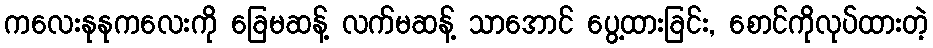
ကလေးနုနုကလေးကို ခြေမဆန့် လက်မဆန့် သာအောင် ပွေ့ထားခြင်း, စောင်ကိုလုပ်ထားတဲ့